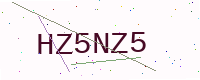
Text: HZ5NZ5